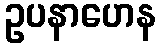
ဥပနာဟေန